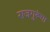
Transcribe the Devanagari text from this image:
राजगुरूंचा